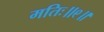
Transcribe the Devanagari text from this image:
मतिः॥९॥